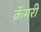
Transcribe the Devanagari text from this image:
क्रॅमरी